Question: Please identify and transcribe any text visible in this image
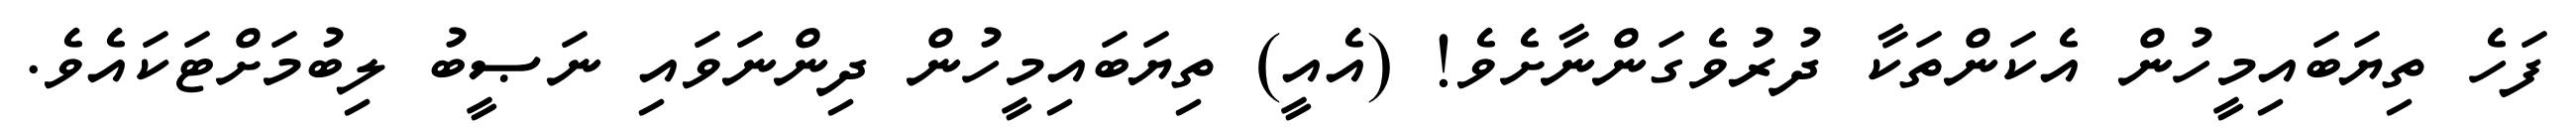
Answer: ފަހެ ތިޔަބައިމީހުން އެކަންތަކާ ދުރުވެގަންނާށެވެ! (އެއީ) ތިޔަބައިމީހުން ދިންނަވައި ނަޞީބު ލިބުމަށްޓަކައެވެ.